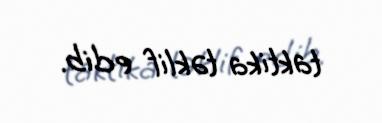
taktika təklif edib.